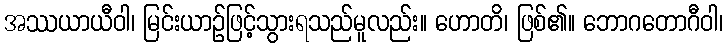
အဿယာယီဝါ၊ မြင်းယာဉ်ဖြင့်သွားရသည်မူလည်း။ ဟောတိ၊ ဖြစ်၏။ ဘောဂတောဂီဝါ၊